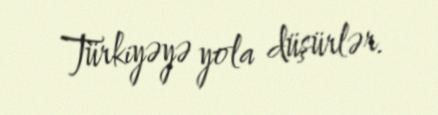
Türkiyəyə yola düşürlər.